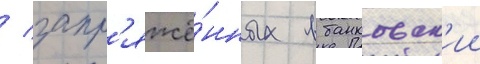
/ запр'яжё́нных в банковск'ии